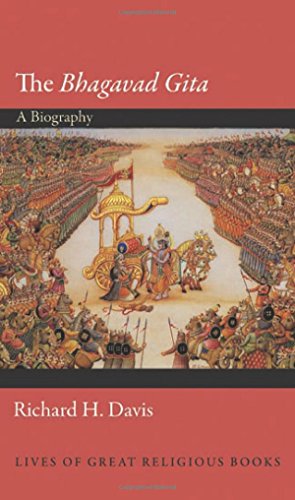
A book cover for The "Bhagavad Gita": A Biography (Lives of Great Religious Books); Richard H. Davis; Religion & Spirituality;